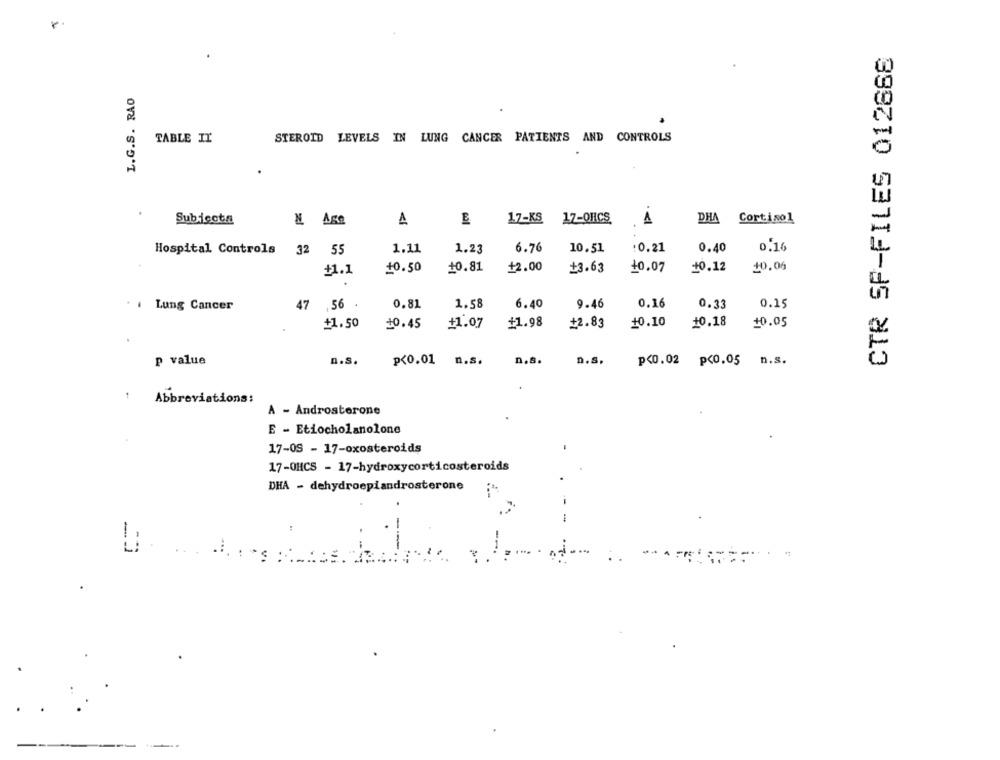
r.
CTR SP-FILES 012868
L.G.S. RAO
STEROID LEVELS IN LUNG CANCER PATIENTS AND CONTROLS
TABLE IT
Subjecte
17-KS
17-OHCS
1
DHA
Cortisol
N Ase
Hospital Controls 32
55
1.11
1.23
6.76
10.51
:0.21
0.40
0.16
+2.00
+1.1
£0.50
10.81
+3.63
10.07
+0.12
10.06
6.40
9.46
0.16
. . Lung Cancer
47
,56
0.81
1.58
0.33
0.15
+1.50
10.45
#1.07
+1.98
+2.83
10.10
10.18
10.05
P value
n.s.
p<0.01
n.s.
n.s.
D.s.
p<0.02 p<0.05 n.s.
1
Abbreviations:
A - Androsterone
E - Etiocholanolone
17-05 - 17-oxosteroids
17-OHCS - 17-hydroxycorticosteroids
DHA - dehydroepiandrosterone
... . ..
?